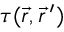
\boldsymbol { \tau } ( \vec { r } , \vec { r } \, ^ { \prime } )